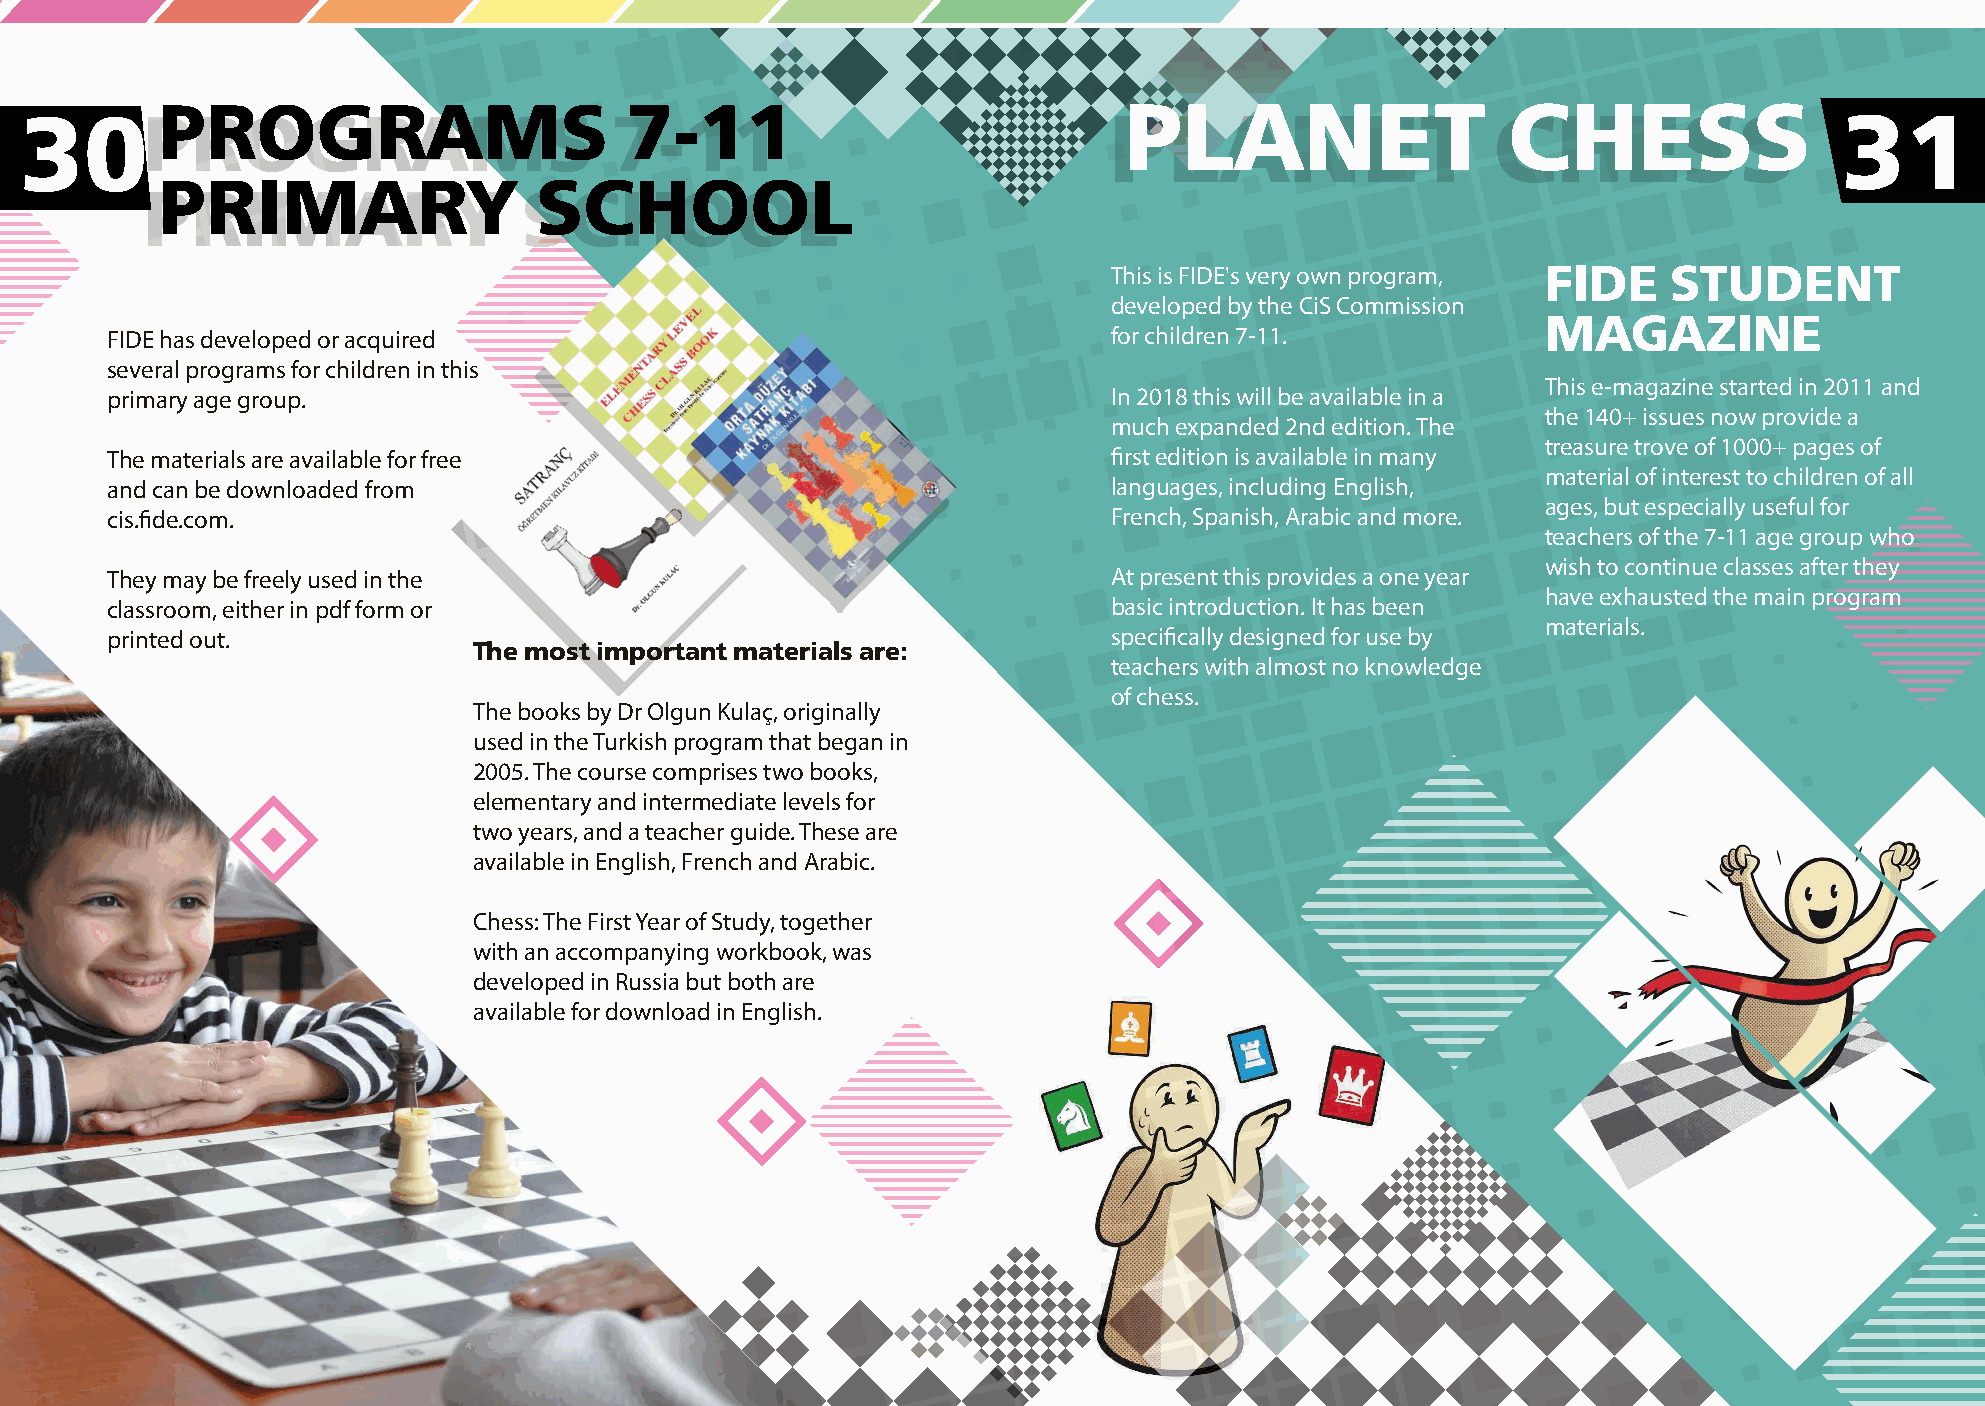
PROGRAMS                       7-11                             PLANET                    CHESS
 30PROGRAMS                             7-11                             PLANET                    CHESS                  31
 PRIMARY                  SCHOOL
 PRIMARY                   SCHOOL
 This is FIDE's very own program, FIDE STUDENT
 developed by the CiS Commission
 MAGAZINE
 FIDE has developed or acquired                                     for children 7-11.
 several programs for children in this
 This e-magazine started in 2011 and
 primary age group.                                                 In 2018 this will be available in a
 the 140+ issues now provide a
 much expanded 2nd edition. The
 treasure trove of 1000+ pages of
 The materials are available for free                               first edition is available in many
 material of interest to children of all
 and can be downloaded from                                         languages, including English,
 ages, but especially useful for
 cis.fide.com.                                                      French, Spanish, Arabic and more.
 teachers of the 7-11 age group who
 wish to continue classes after they
 They may be freely used in the                                     At present this provides a one year
 have exhausted the main program
 classroom, either in pdf form or                                   basic introduction. It has been
 materials.
 printed out.                                                       specifically designed for use by
 The most important materials are:
 teachers with almost no knowledge
 of chess.
 The books by Dr Olgun Kulaç, originally
 used in the Turkish program that began in
 2005. The course comprises two books,
 elementary and intermediate levels for
 two years, and a teacher guide. These are
 available in English, French and Arabic.
 Chess: The First Year of Study, together
 with an accompanying workbook, was
 developed in Russia but both are
 available for download in English.